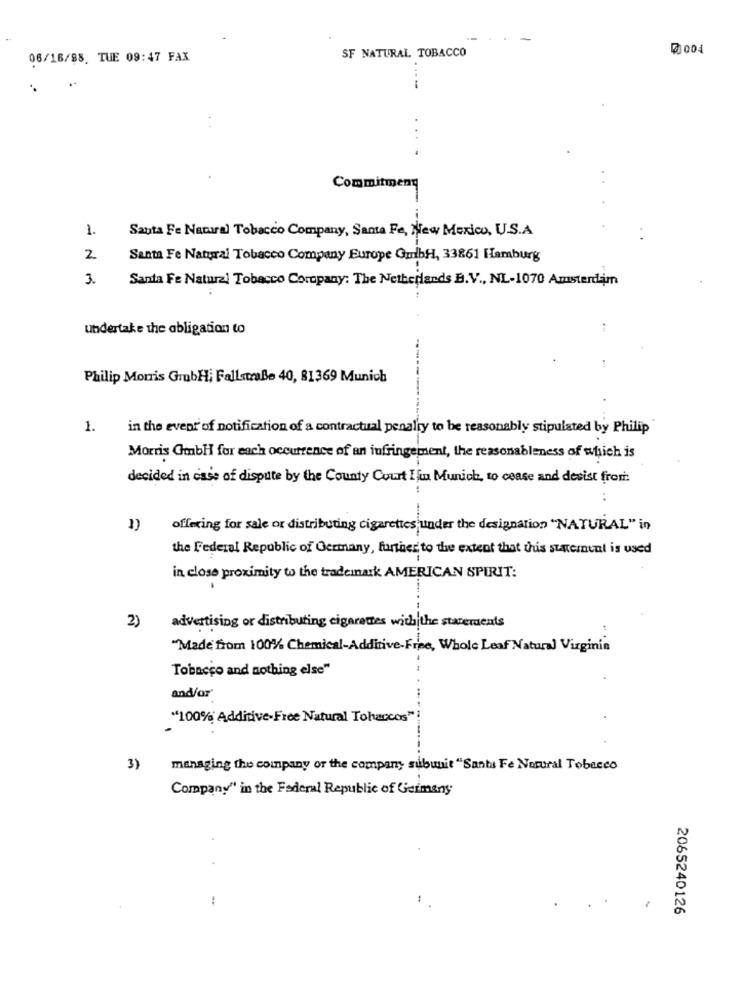
SF NATURAL TOBACCO
@ 004
06/16/88. TUE 09:47 FAX
Commitmeny
1.
Santa Fe Natural Tobacco Company, Santa Fe, New Mexico, U.S.A.
2
Santa Fe Natural Tobacco Company Europe GubHl, 33861 Hamburg
3.
Santa Fe Natural Tobacco Coropany: The Netherlands B.V ., NL-1070 Amsterdam
Undertake the obligation to
Philip Morris GrubHi Fallstraße 40, 81369 Munich
1.
in the event of notification of a contractual penalty to be reasonably stipulated by Philip
Morris GmbH for each occurrence of an infringement, the reasonableness of which is
decided in case of dispute by the County Court I fun Munich, to cease and desist from
1)
offering for sale or distributing cigarettes under the designation "NATURAL" in
the Federal Republic of Germany, further to the extent that this statement is used
in close proximity to the trademark AMERICAN SPIRIT:
.... ...
2)
advertising or distributing cigarettes with the statements
"Made from 100% Chemical-Additive-Free, Whole Leaf Natural Virginia
Tobacco and nothing else"
and/or'
"100% Additive-Free Natural Toharcos"
3)
managing the company or the company subunit "Santa Fe Norural Tobacco
Company" in the Federal Republic of Germany
:
2065240126